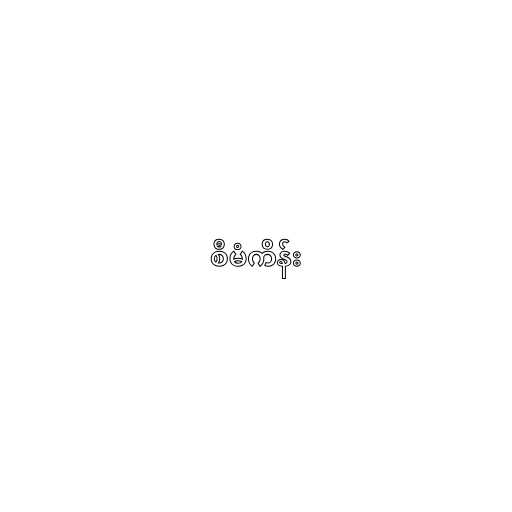
စီမံကိန်း